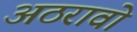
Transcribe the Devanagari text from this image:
अठरावो